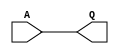
module buff_1 (
    output Q,
    input  A
);
  assign Q = A;
endmodule